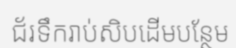
ជ័រទឹករាប់សិបដើមបន្ថែម